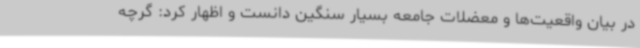
در بیان واقعیت‌ها و معضلات جامعه بسیار سنگین دانست و اظهار کرد: گرچه